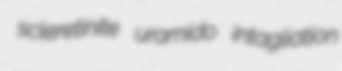
scleretinite uramido intagliation